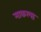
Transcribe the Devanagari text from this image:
माकल्स